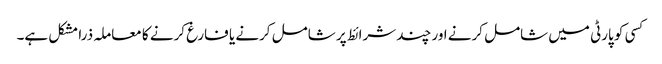
کسی کو پارٹی میں شامل کرنے اور چند شرائط پر شامل کرنے یا فارغ کرنے کا معاملہ ذرا مشکل ہے۔